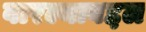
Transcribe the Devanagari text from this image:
वारल्याबद्दल